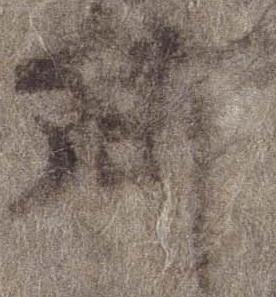
卿